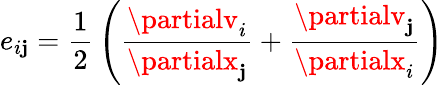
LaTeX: e_{i\mathbf{j}}={\frac{{1}}{{2}}}\left({\frac{{\partialv_{i}}}{{\partialx_{\mathbf{j}}}}}+{\frac{{\partialv_{\mathbf{j}}}}{{\partialx_{i}}}}\right)